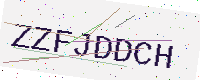
Text: ZZFJDDCH